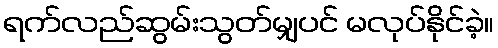
ရက်လည်ဆွမ်းသွတ်မျှပင် မလုပ်နိုင်ခဲ့။